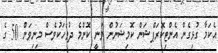
އެކަމާ ގުޅިގެން އެންޓިކޮރަޕްޝަން ކޮމިޝަނުން ވަނީ ކޮންމެ ދުވަހަކުވެސް މިނިވަން 50 ގެ